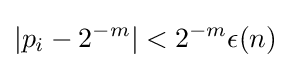
|p_{i}-2^{-m}|<2^{-m}\epsilon (n)